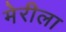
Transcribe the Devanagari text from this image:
मेरीला